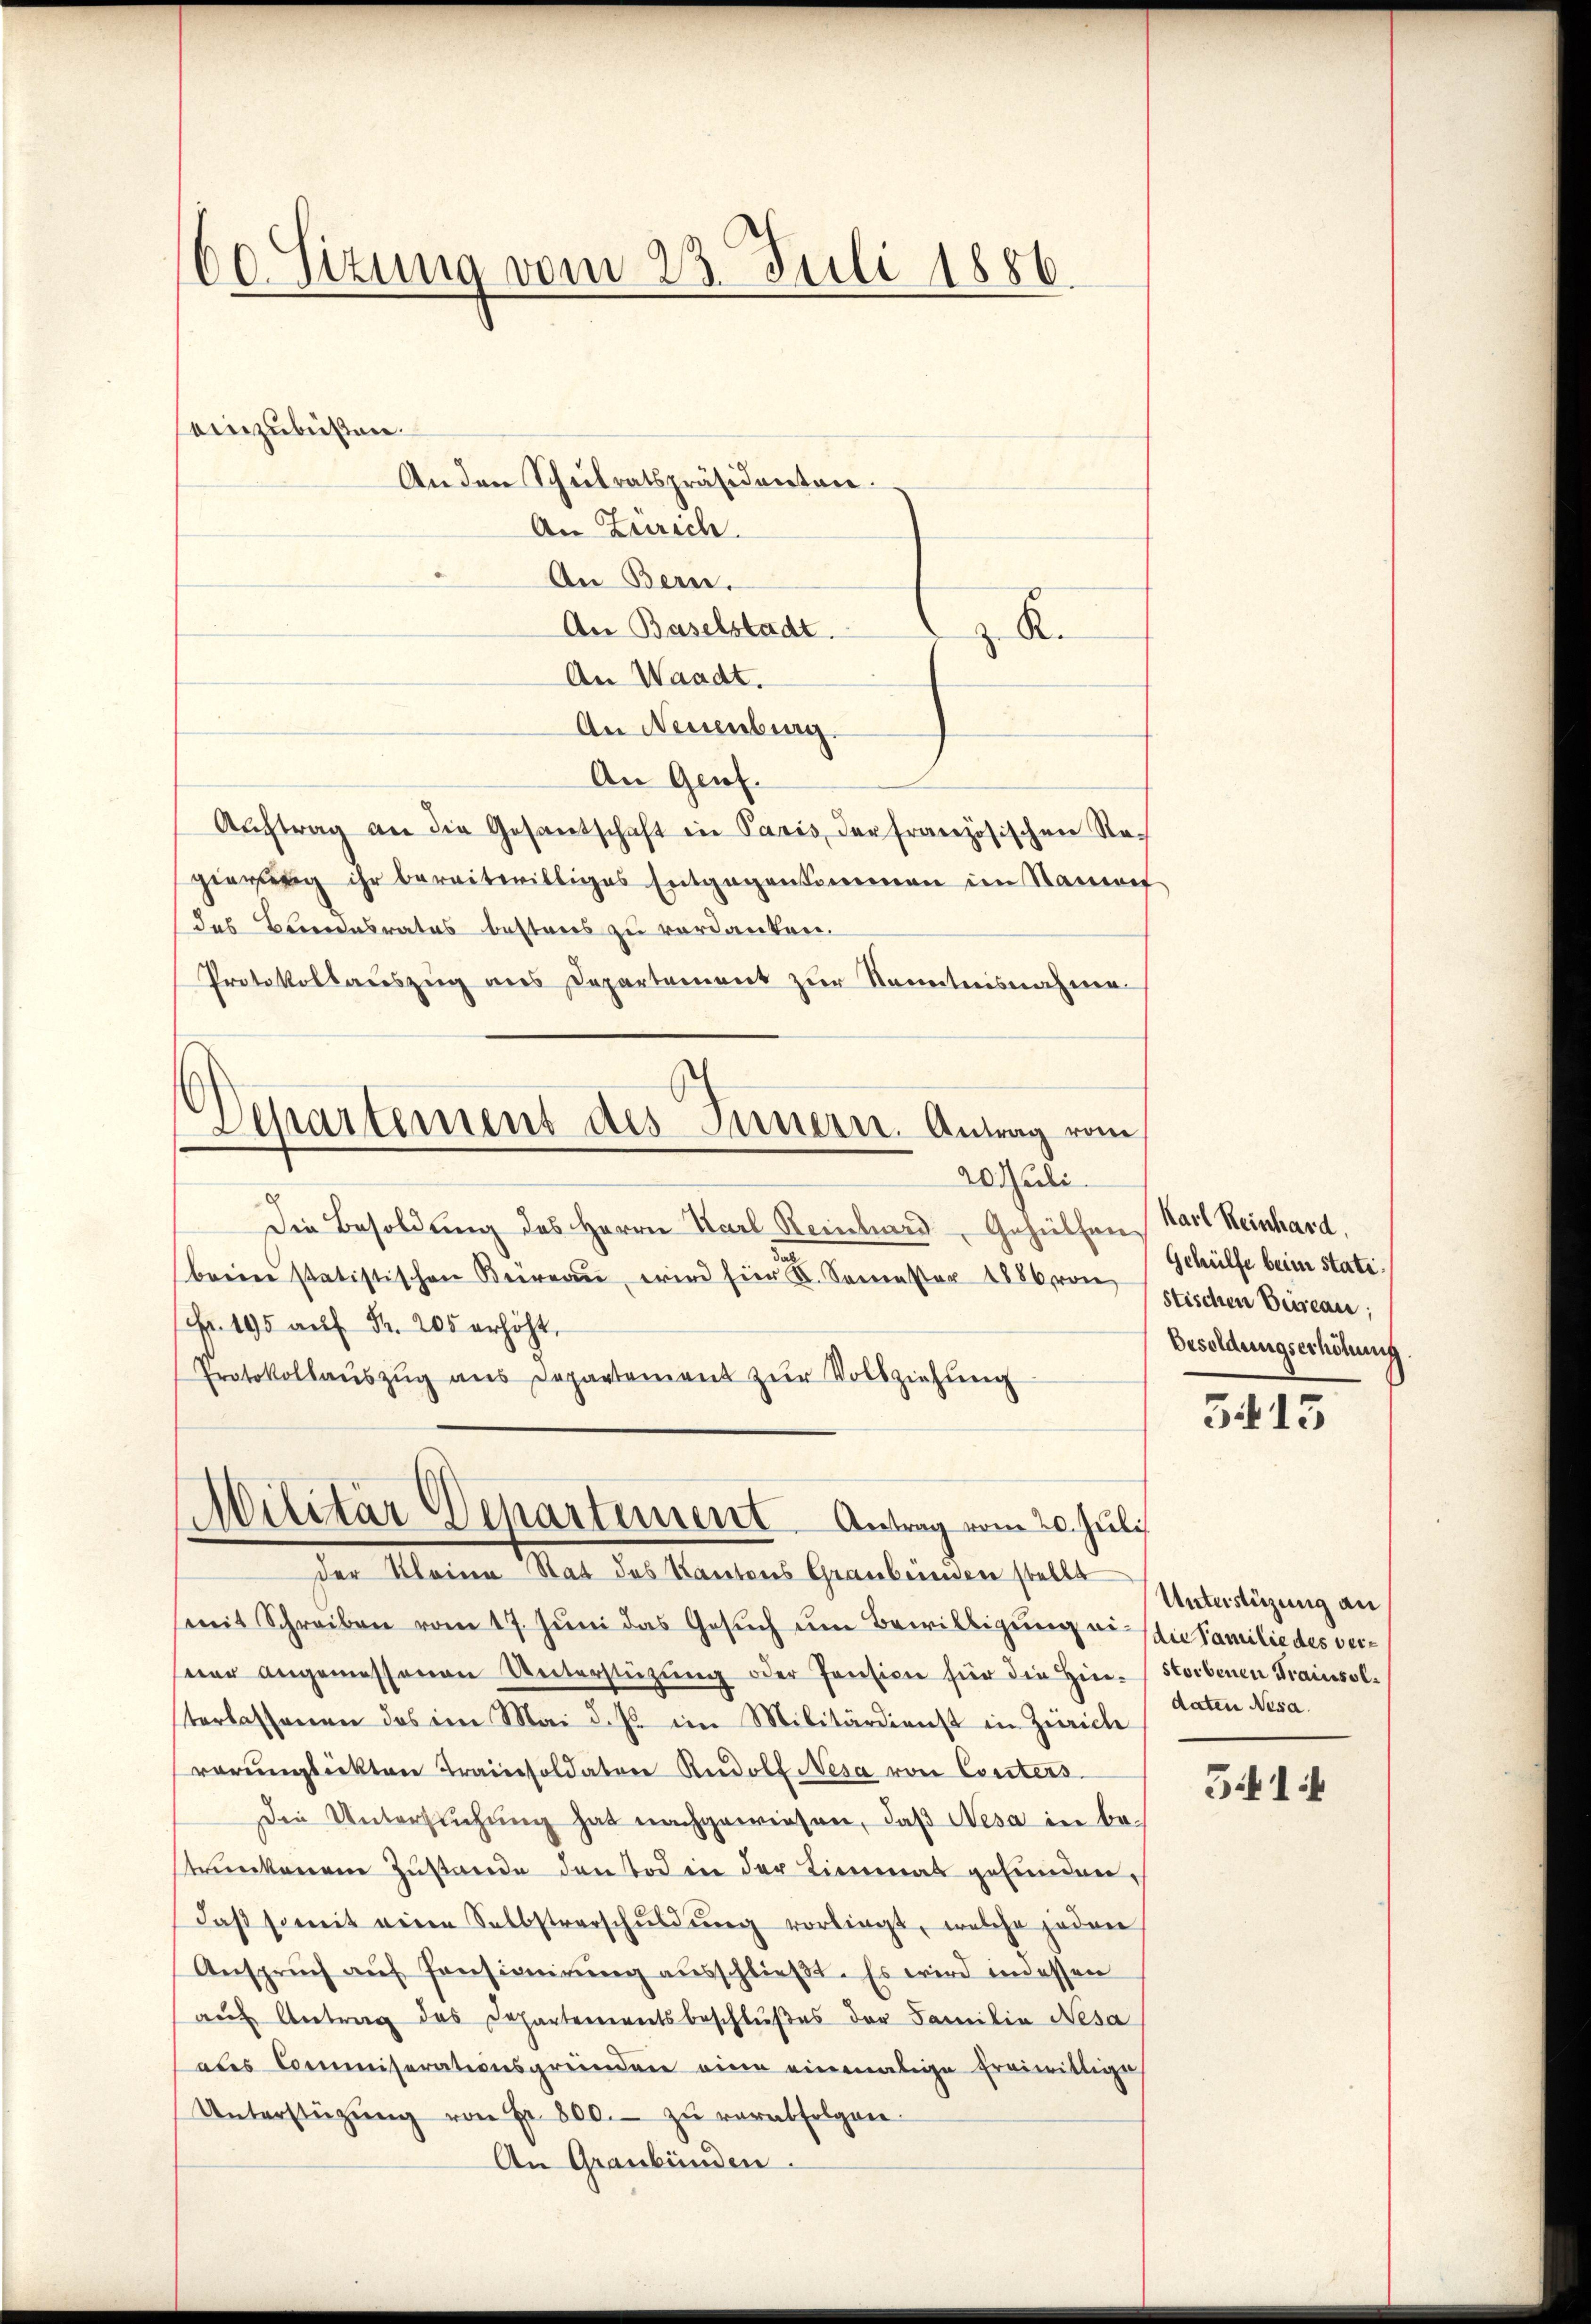
60. Sizung vom 23. Juli 1886.

Departement des Innern. Antrag vom
20 Juli

einzubüßen.
An den Schulratspräsidenten.
An Zürich.
An Bern.
An Baselstadt.
z. R.
An Waadt.
An Neuenburg.
An Genf.
Aŭftrag an die Gesantschaft in Paris der französischen Regierung ihr bereitwilliges Entgegenkommen im Stampf
das Beendesrates besteres zu verdanken.
Protokollauszug aus Departement zur Kenntnisnahme
Die Besoldung des Herrn Karl Reinhard, Gehülfen Karl Reinhard,
brein statistischen Büreaŭ wird für I. Semester 1886 von stischen Beiseau,
Fr. 195 aŭf Fr. 205 erhöht.
Protokollaŭszŭg ans Departement zŭr Vollziehŭng
Militär Departement Antrag vom 20. Juli
der Kleine Stat des Kantons Graubünden stellt
(mit Schreiben vom 17. Juni das Gesŭch um Bewilligung an die Familie des vereer angemessenen Unterstützŭng oder Pension für die Hin- (storbenen Trainsolterlassenen das im Mai d. Js. im Militärdienst in Zürich
rerŭngsakten Traisoldater Rudolf Nesa von Conters
Die Untersŭchŭng hat nachgewiesen, daß Nesa in be-
strunkenem Zustande den Tod in der Limmat gefunden,
daβ somit eine Selbstverschŭldŭng vorliegt, welche jeden
Ansprŭch aŭf Pensionirung ausschließt. Es wird indessen
aŭf Antrag des Departementsbeschlußes der Familia Nesa
ales Commiserationsgründen eine einmalige freiwittige
Unterstützŭng von Fr. 800.- zŭ verabfolgen.
An Graubünden.

Gehülfe beim stati¬
Besoldungserhöhung

3413

Unterstüzung an
daten Nesa.

541 f